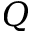
Q